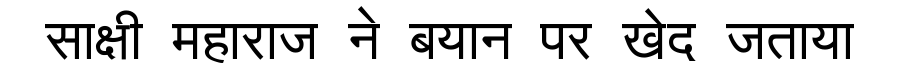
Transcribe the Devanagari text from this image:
साक्षी महाराज ने बयान पर खेद जताया